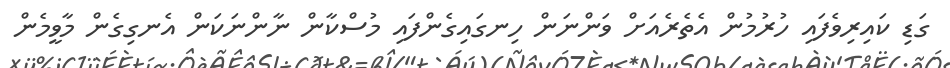
ގަޑި ކައިރިވެފައި ހުރުމުން އެތެރެއަށް ވަންނަން ހިނގައިގެންފައި މުސްކާން ނާންނަކަން އެނގިގެން މާވީމެން